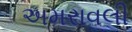
અમરાવલી